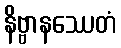
နိဗ္ဗာနဿေတံ